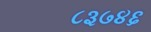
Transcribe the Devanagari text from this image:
८३७४६